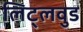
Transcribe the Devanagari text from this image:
लिट्लवुड